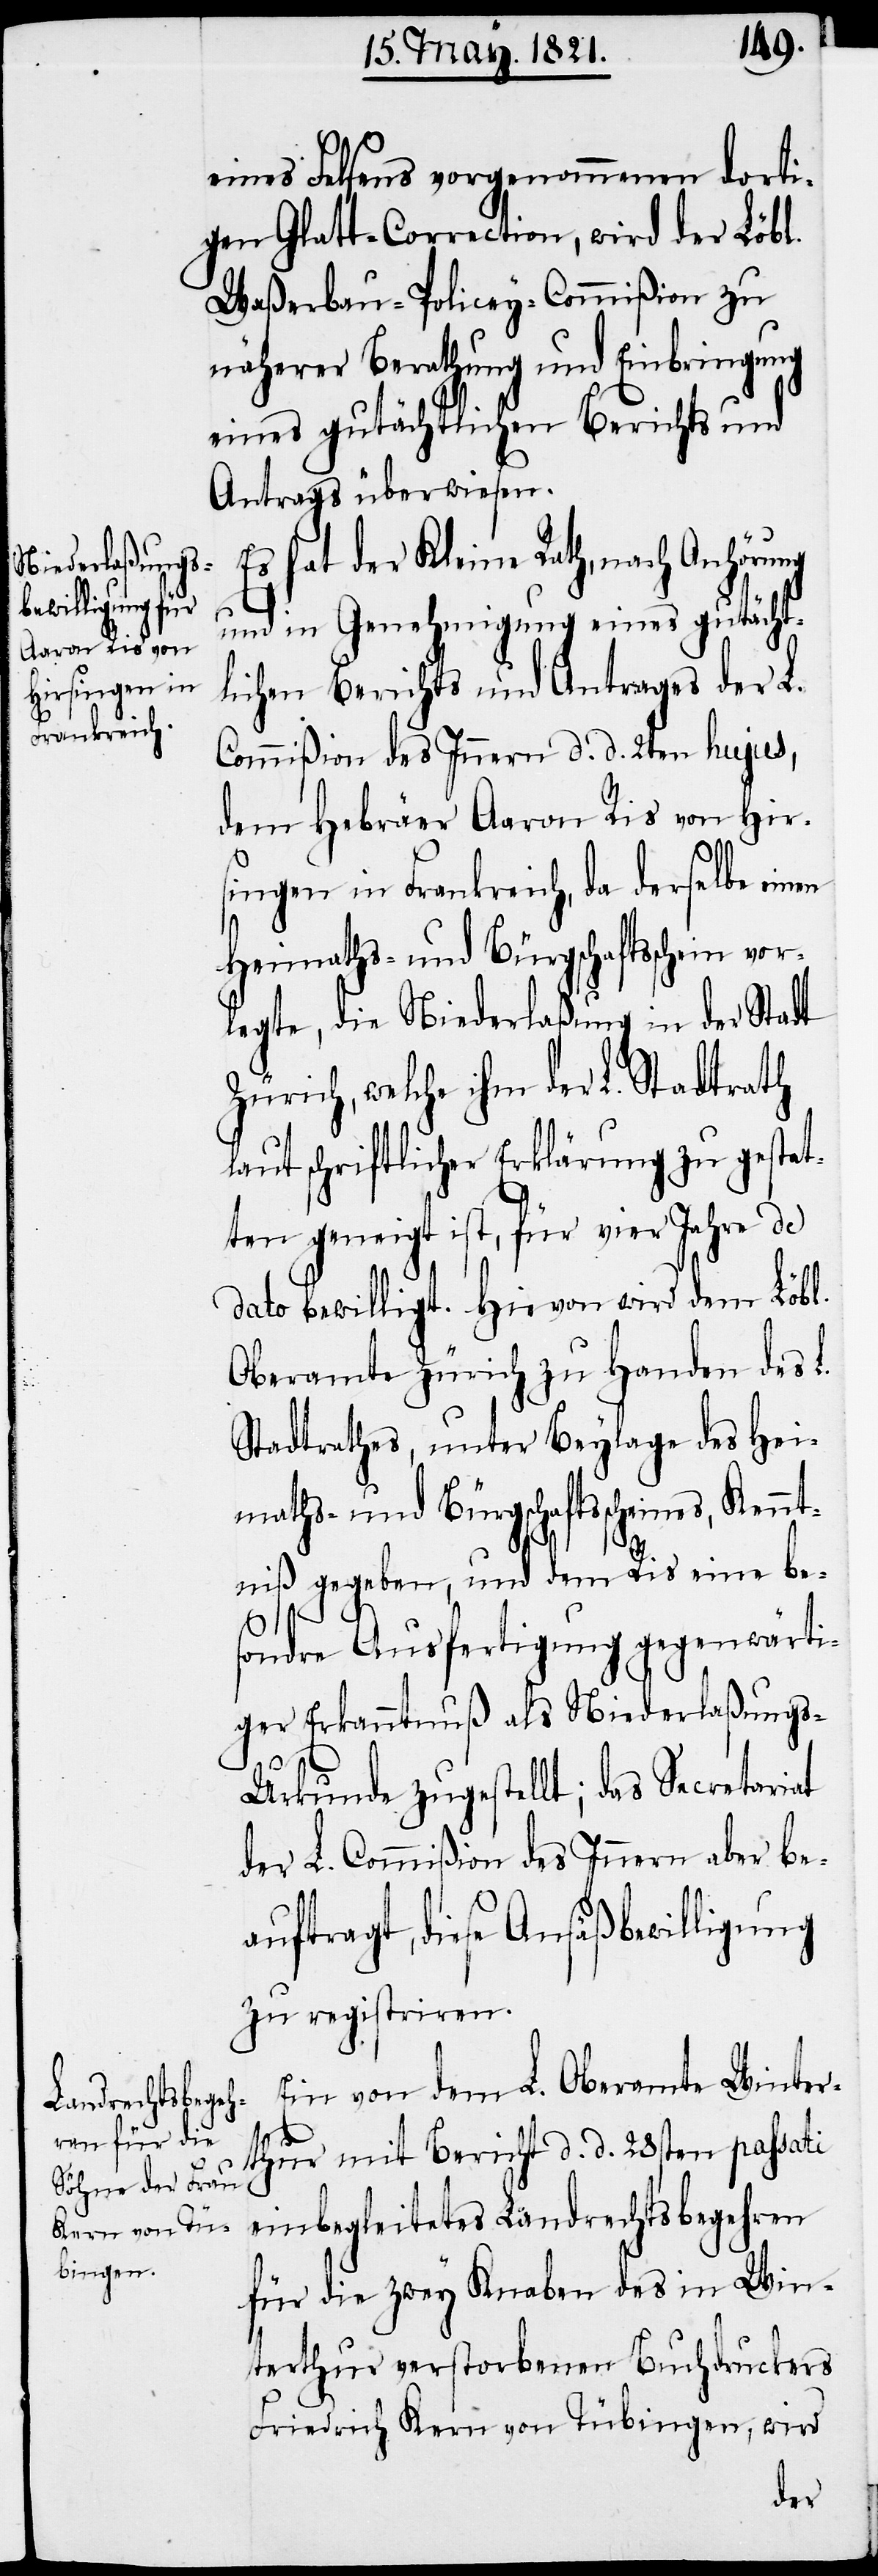
eines Felsens vorgenommenen dorti¬
gen Glatt-Correction, wird der Löbl.
näherer Berathung und Einbringung
eines gutächtlichen Berichts und
Antrags überwiesen.
Es hat der Kleine Rath, nach Anhörung
en
und in Genehmigung eines gutächt¬
lichen Berichts und Antrages der L.
Commißion des Innern d. d. 2ten hujus,
dem Hebräer Aaron Ris von Hir¬
singen in Frankreich, da derselbe ein¬
Heimaths- und Bürgschaftsschein vor¬
legte, die Niederlaßung in der Stadt
Zürich, welche ihm der L. Stadtrath
laut schriftlicher Erklärung zu gestat¬
ten geneigt ist, für vier Jahre de
dato bewilligt. Hievon wird dem Löbl.
Oberamte Zürich zu Handen des L.
Stadtrathes, unter Beylage des Hei¬
maths- und Bürgschaftsscheins, Kennt¬
niß gegeben, und dem Ris eine be¬
sondre Ausfertigung gegenwärti¬
ger Erkanntnuß als Niederlaßung¬
s-Urkunde zugestellt; das Secretariat
der L. Commißion des Innern aber be¬
auftragt, diese Ansäßbewilligung
zu registriren.
Ein von dem L. Oberamte Winter¬
thur mit Bericht d. d. 28sten passati
einbegleitetes Landrechtsbegehren
für die zwey Knaben des in Win¬
terthur verstorbenen Buchdruckers
Friedrich Kern von Tübingen, wird